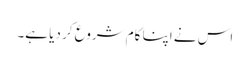
اس نے اپنا کام شروع کر دیا ہے۔